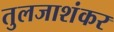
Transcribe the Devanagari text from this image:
तुलजाशंकर